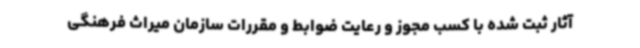
آثار ثبت شده با کسب مجوز و رعایت ضوابط و مقررات سازمان میراث فرهنگی